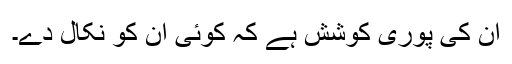
ان کی پوری کوشش ہے کہ کوئی ان کو نکال دے۔